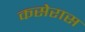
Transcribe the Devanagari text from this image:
कसेरास